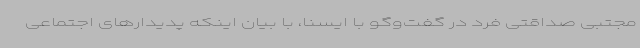
مجتبی صداقتی فرد در گفت‌وگو با ایسنا، با بیان اینکه پدیدارهای اجتماعی